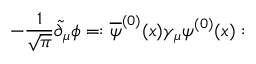
- { \frac { 1 } { \sqrt \pi } } \widetilde \partial _ { \mu } \phi = : \overline { { \psi } } ^ { ( 0 ) } ( x ) \gamma _ { \mu } \psi ^ { ( 0 ) } ( x ) :